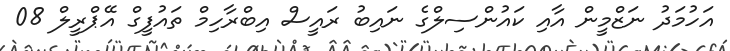
އަހުމަދު ނަޒްމީން އާއި ކައުންސިލްގެ ނައިބު ރައީސް އިބްރާހިމް ތައުފީގް އޭޕްރީލް 08